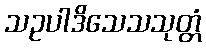
သဥပါဒိသေသသုတ္တံ